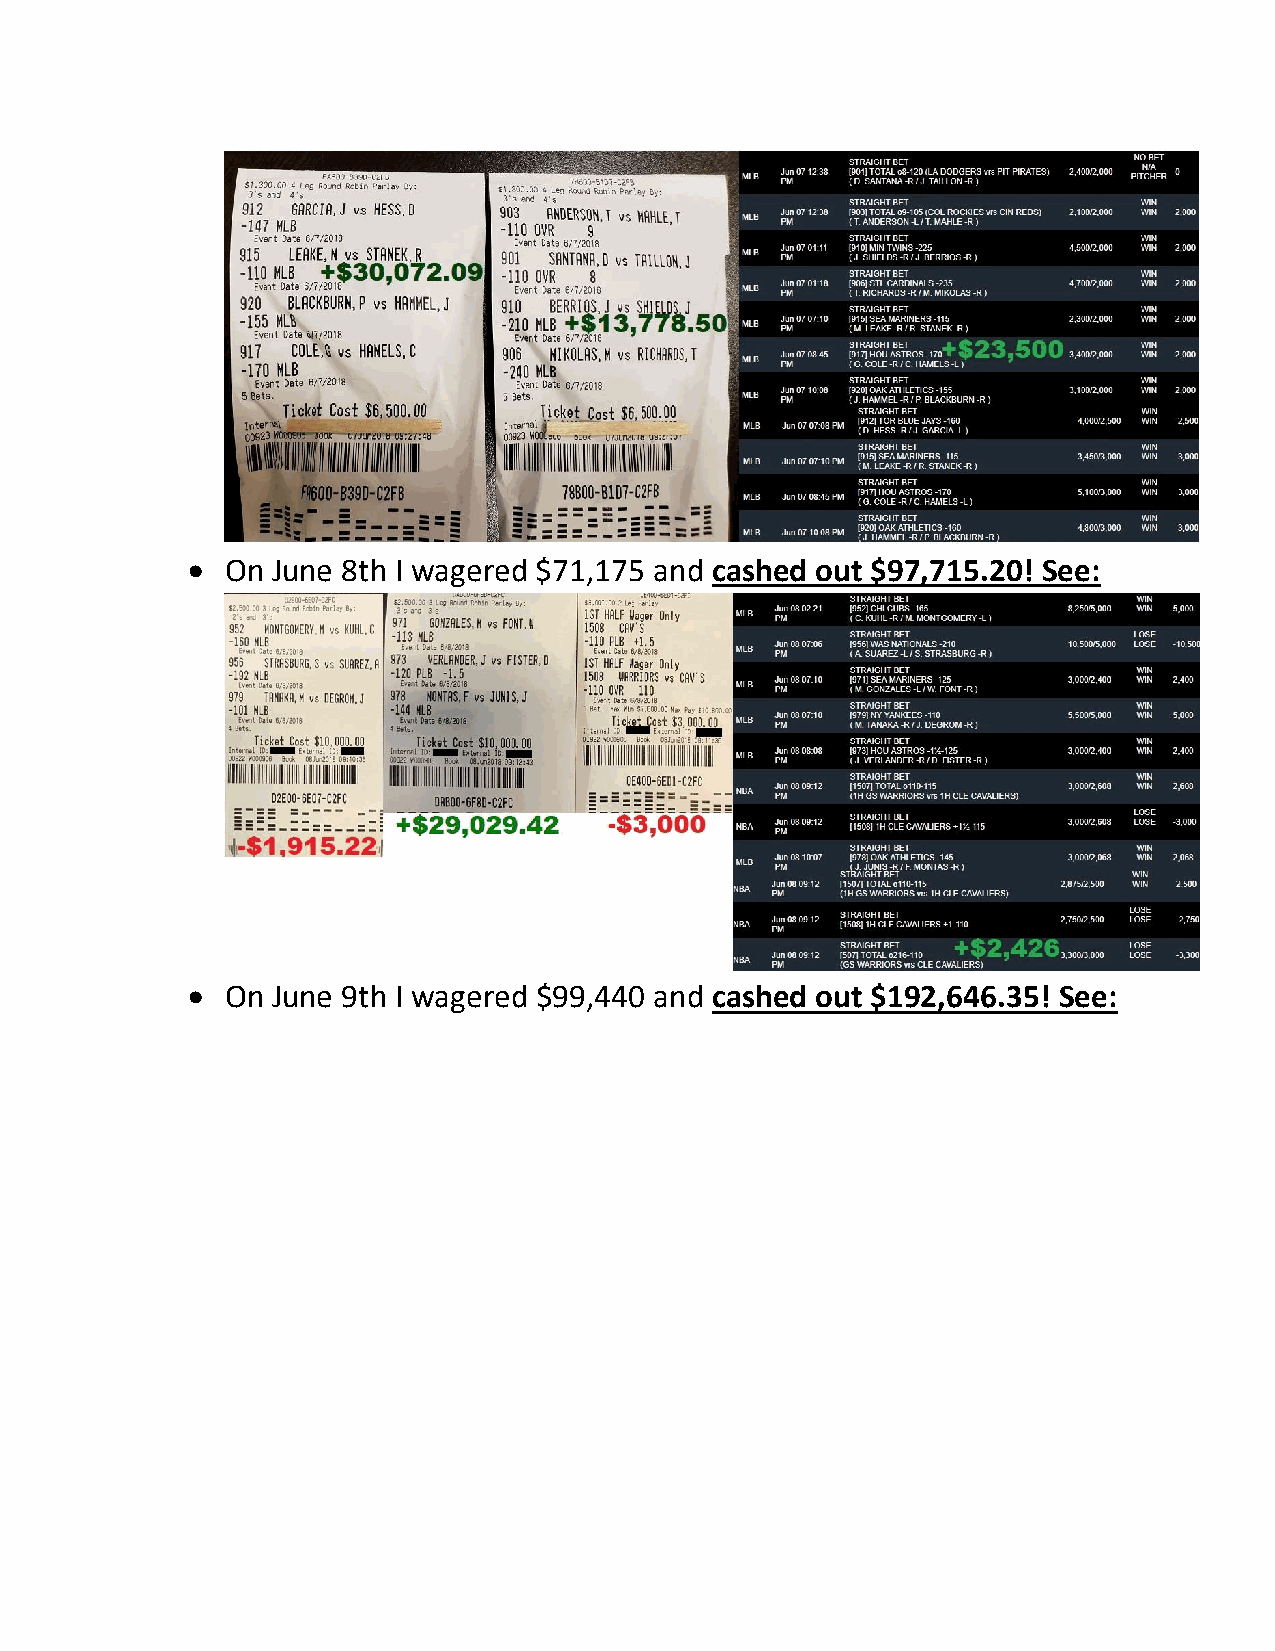
•  On June 8th I wagered $71,175 and cashed out $97,715.20! See:
 •  On June 9th I wagered $99,440 and cashed out $192,646.35! See: